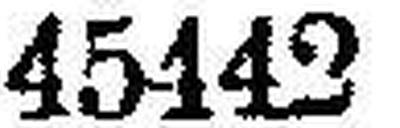
45442